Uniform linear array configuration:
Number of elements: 32
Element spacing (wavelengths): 0.25
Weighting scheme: uniform
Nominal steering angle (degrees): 15
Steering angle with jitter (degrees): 13.232
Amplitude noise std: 0.05
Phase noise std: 0.05

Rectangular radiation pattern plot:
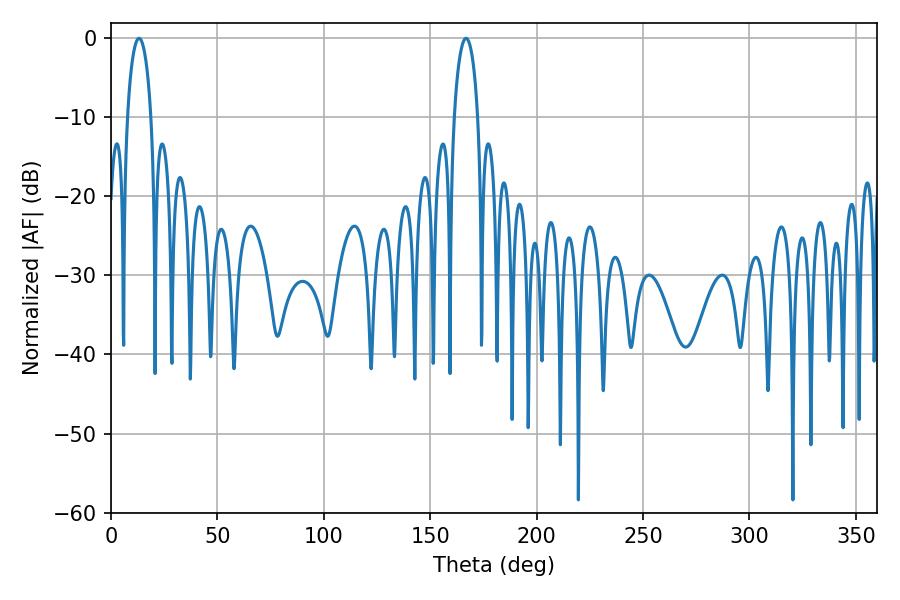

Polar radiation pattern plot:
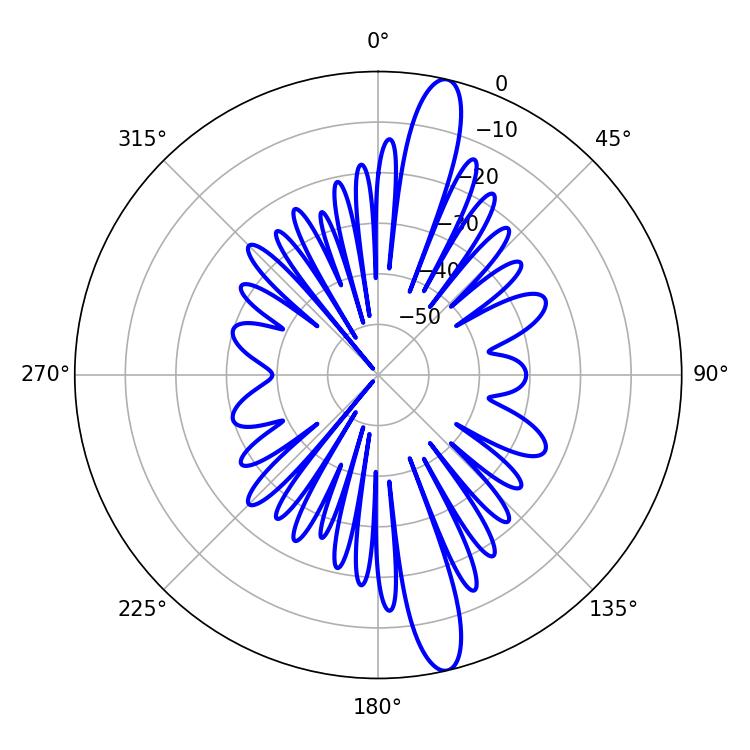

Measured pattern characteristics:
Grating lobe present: FALSE
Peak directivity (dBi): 15.375
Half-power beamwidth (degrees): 6.3
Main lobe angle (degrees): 13.14